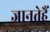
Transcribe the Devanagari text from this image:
जानतेहैं